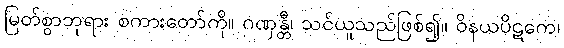
မြတ်စွာဘုရား စကားတော်ကို။ ဂဏှန္တီ၊ သင်ယူသည်ဖြစ်၍။ ဝိနယပိဋကေ၊